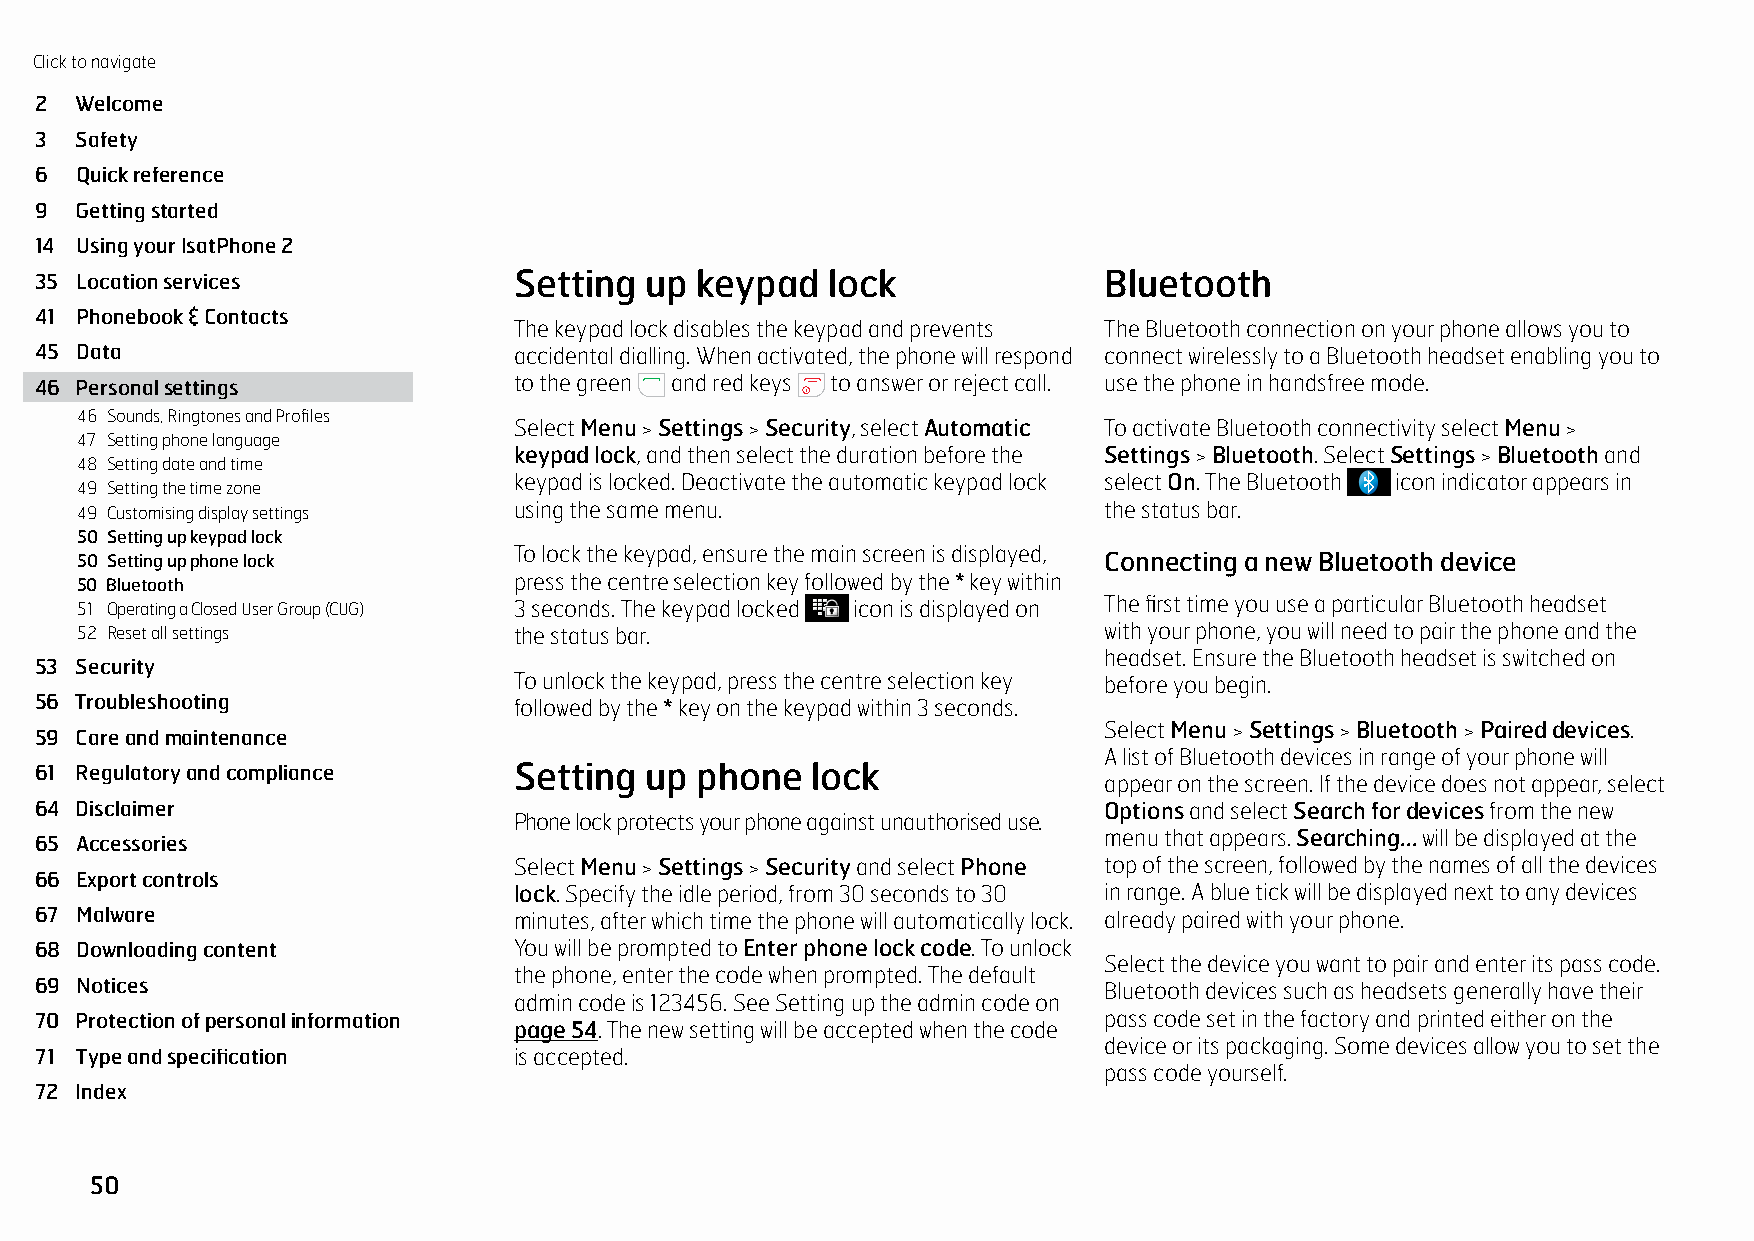
Click to navigate
 2  Welcome
 3  Safety
 6  Quick reference
 9  Getting started
 14 Using your IsatPhone 2
 35 Location services            Setting  up keypad   lock              Bluetooth
 41 Phonebook & Contacts
 The keypad lock disables the keypad and prevents The Bluetooth connection on your phone allows you to
 45 Data                         accidental dialling. When activated, the phone will respond connect wirelessly to a Bluetooth headset enabling you to
 46 Personal settings            to the green and red keys to answer or reject call. use the phone in handsfree mode.
 46 Sounds, Ringtones and Profiles
 Select Menu > Settings > Security, select Automatic To activate Bluetooth connectivity select Menu >
 47 Setting phone language
 keypad lock, and then select the duration before the Settings > Bluetooth. Select Settings > Bluetooth and
 48 Setting date and time
 keypad is locked. Deactivate the automatic keypad lock select On. The Bluetooth icon indicator appears in
 49 Setting the time zone
 49 Customising display settings using the same menu.                the status bar.
 50 Setting up keypad lock
 To lock the keypad, ensure the main screen is displayed,
 50 Setting up phone lock                                            Connecting a new Bluetooth device
 50 Bluetooth                 press the centre selection key followed by the * key within
 51 Operating a Closed User Group (CUG) 3 seconds. The keypad locked icon is displayed on The first time you use a particular Bluetooth headset
 52 Reset all settings        the status bar.                        with your phone, you will need to pair the phone and the
 headset. Ensure the Bluetooth headset is switched on
 53 Security
 To unlock the keypad, press the centre selection key before you begin.
 56 Troubleshooting              followed by the * key on the keypad within 3 seconds.
 Select Menu > Settings > Bluetooth > Paired devices.
 59 Care and maintenance
 A list of Bluetooth devices in range of your phone will
 61 Regulatory and compliance    Setting  up phone   lock
 appear on the screen. If the device does not appear, select
 64 Disclaimer                                                          Options and select Search for devices from the new
 Phone lock protects your phone against unauthorised use.
 menu that appears. Searching... will be displayed at the
 65 Accessories
 Select Menu > Settings > Security and select Phone top of the screen, followed by the names of all the devices
 66 Export controls
 lock. Specify the idle period, from 30 seconds to 30 in range. A blue tick will be displayed next to any devices
 67 Malware                      minutes, after which time the phone will automatically lock. already paired with your phone.
 68 Downloading content          You will be prompted to Enter phone lock code. To unlock
 Select the device you want to pair and enter its pass code.
 the phone, enter the code when prompted. The default
 69 Notices                                                             Bluetooth devices such as headsets generally have their
 admin code is 123456. See Setting up the admin code on
 70 Protection of personal information                                  pass code set in the factory and printed either on the
 page 54. The new setting will be accepted when the code
 device or its packaging. Some devices allow you to set the
 71 Type and specification       is accepted.
 pass code yourself.
 72 Index
 50